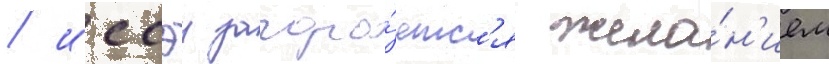
/ иссэи загора́етс'я жела́н'ием